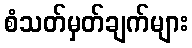
စံသတ်မှတ်ချက်များ